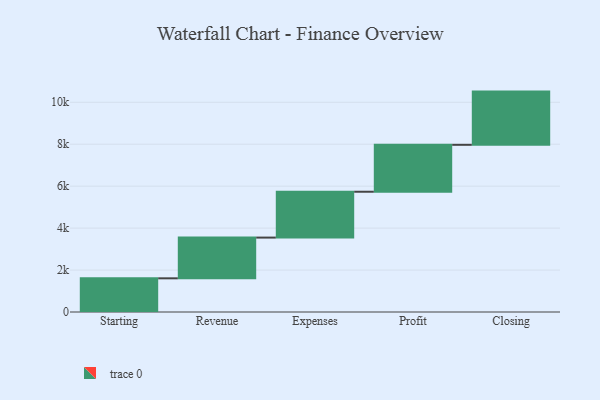
{"axis": {"x": "Step", "y": "Value"}, "legend": [""], "data": [{"x": "Starting", "y": 1606.0, "type": ""}, {"x": "Revenue", "y": 1942.0, "type": ""}, {"x": "Expenses", "y": 2186.0, "type": ""}, {"x": "Profit", "y": 2238.0, "type": ""}, {"x": "Closing", "y": 2537.0, "type": ""}]}